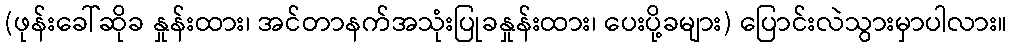
(ဖုန်းခေါ်ဆိုခ နှုန်းထား၊ အင်တာနက်အသုံးပြုခနှုန်းထား၊ ပေးပို့ခများ) ပြောင်းလဲသွားမှာပါလား။